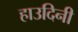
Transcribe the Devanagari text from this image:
हाउदिनी